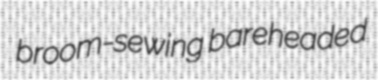
broom-sewing bareheaded